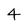
Character: 4